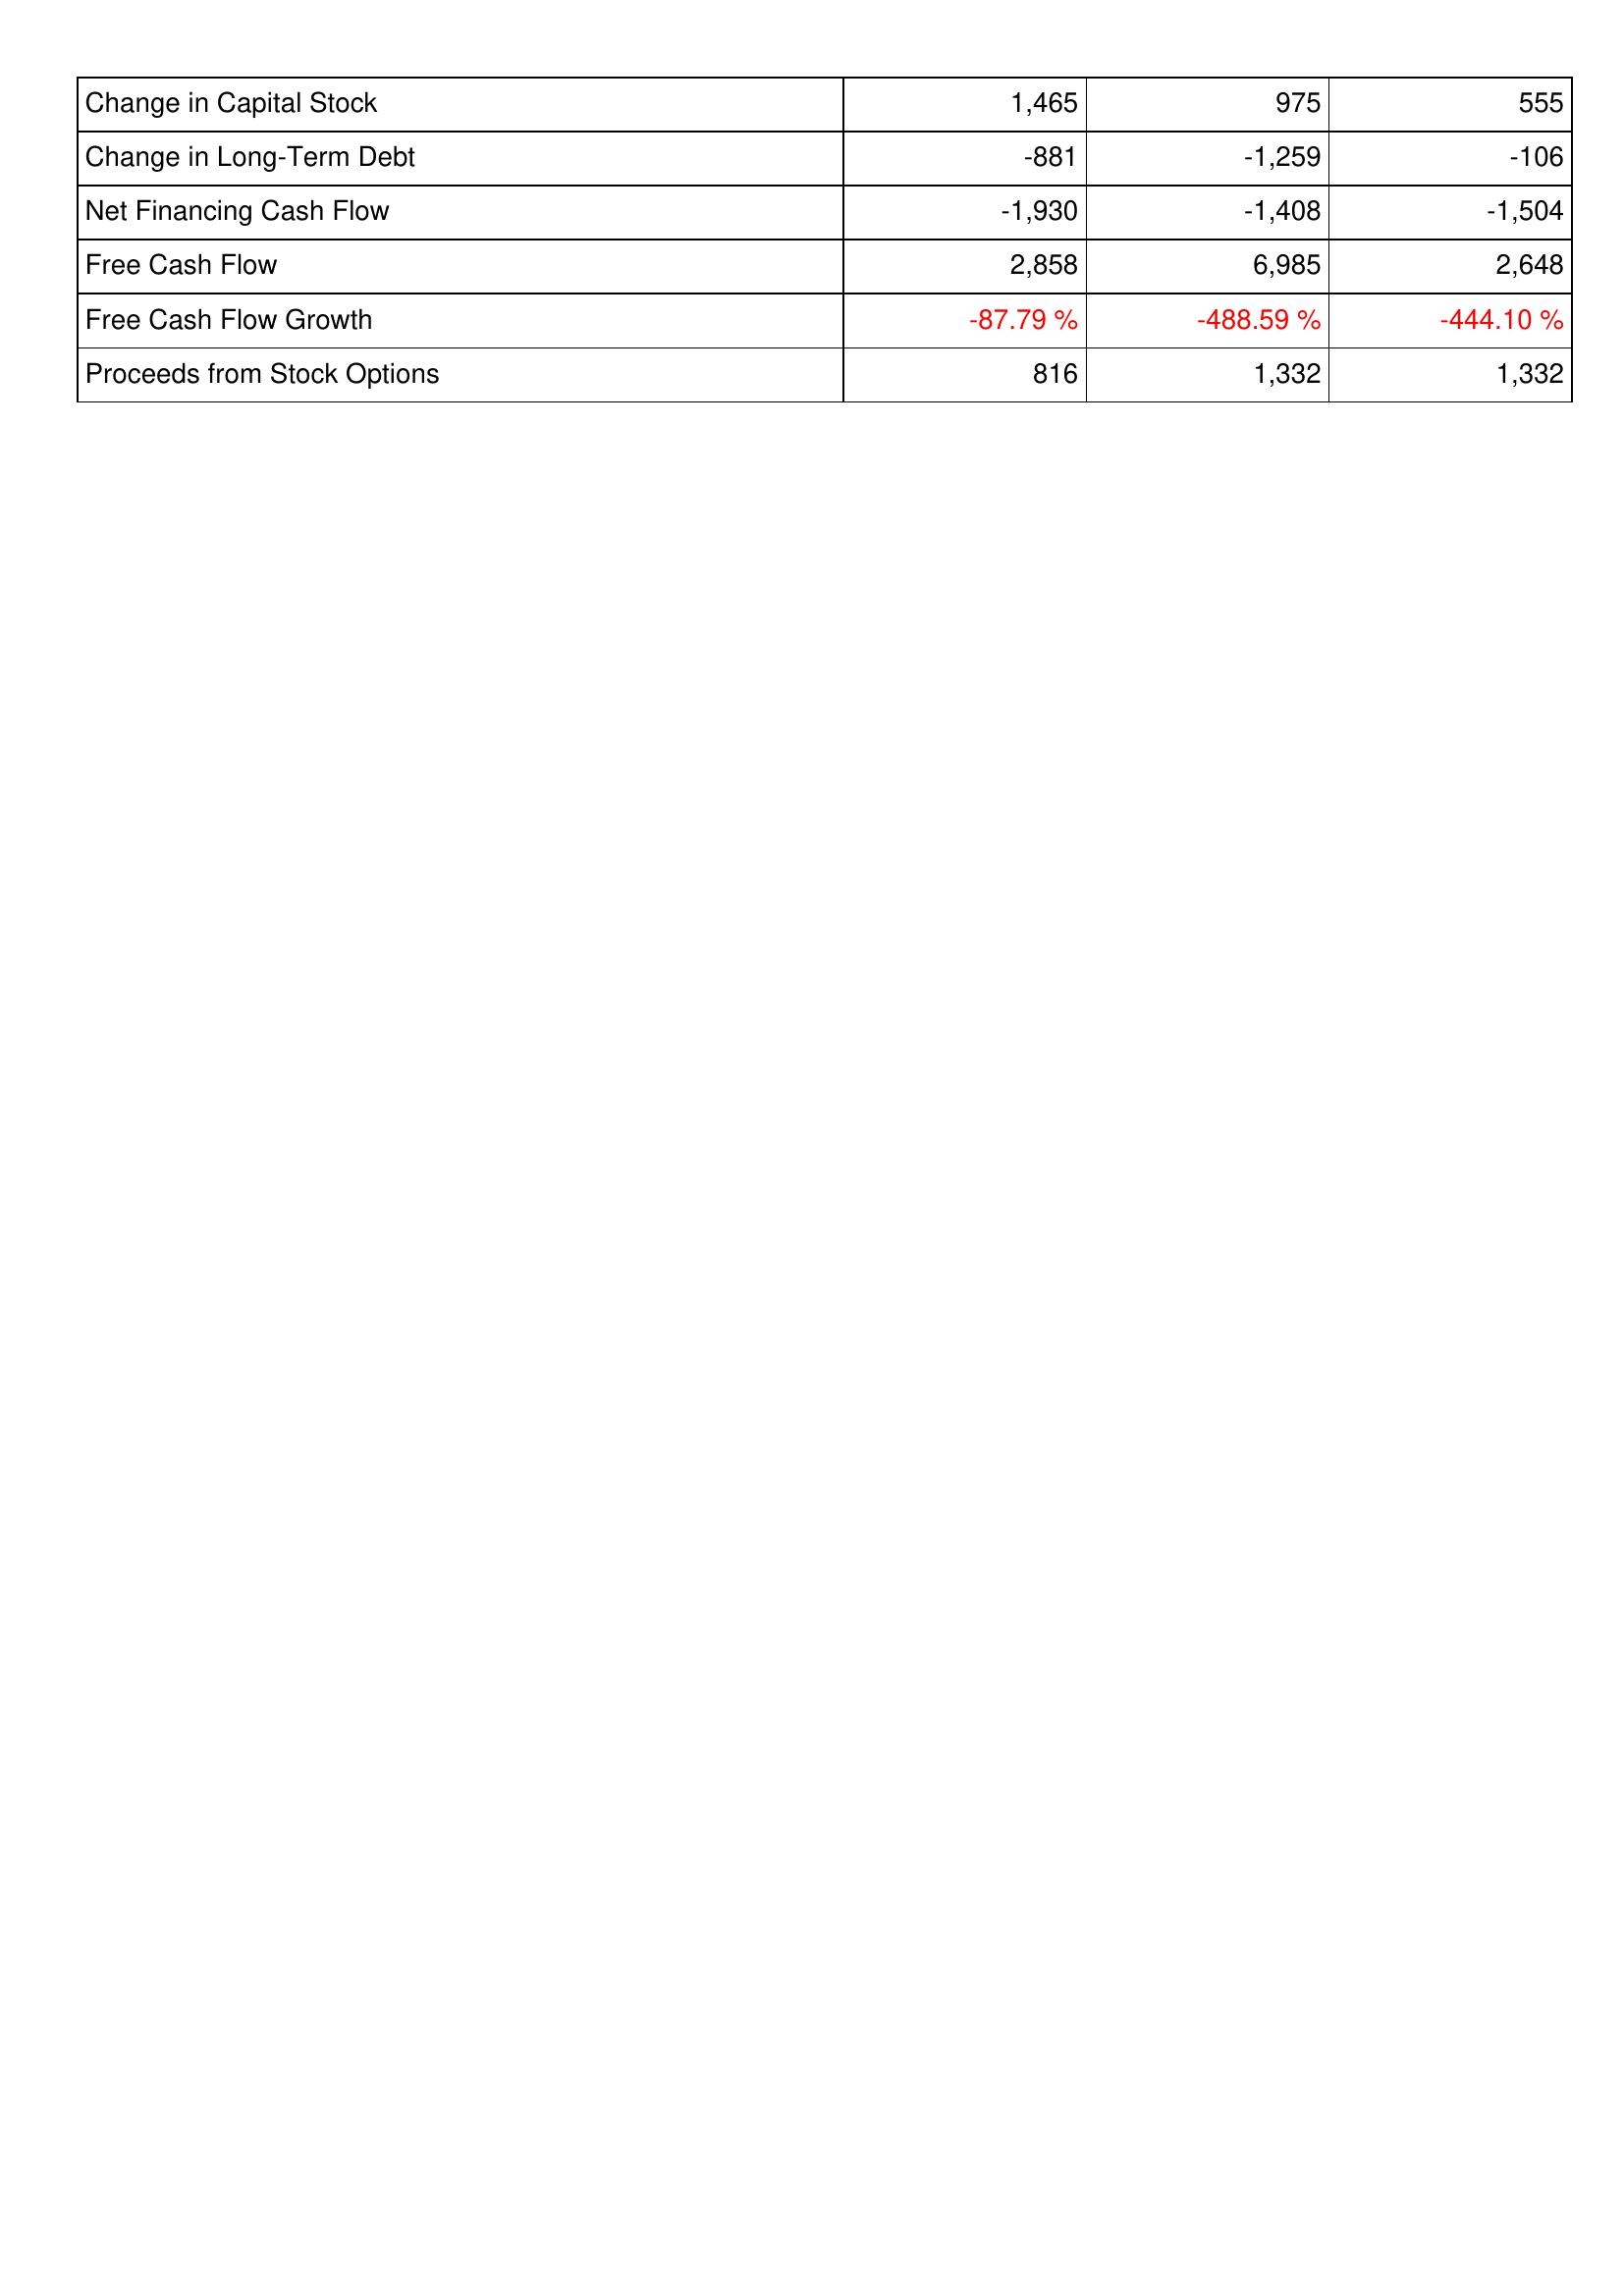
2009: Financing Activities: Change in Capital Stock: 1,465
Change in Long-Term Debt: -881
Net Financing Cash Flow: -1,930
Free Cash Flow: 2,858
Free Cash Flow Growth: -87.79 %
Proceeds from Stock Options: 816
2008: Financing Activities: Change in Capital Stock: 975
Change in Long-Term Debt: -1,259
Net Financing Cash Flow: -1,408
Free Cash Flow: 6,985
Free Cash Flow Growth: -488.59 %
Proceeds from Stock Options: 1,332
2007: Financing Activities: Change in Capital Stock: 555
Change in Long-Term Debt: -106
Net Financing Cash Flow: -1,504
Free Cash Flow: 2,648
Free Cash Flow Growth: -444.10 %
Proceeds from Stock Options: 1,332